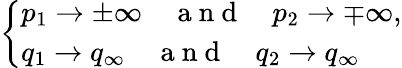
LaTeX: \left\{ \begin{array}{ll}{p_{1}\to\pm\infty\quad\mathrm{~a~n~d~}\quad p_{2}\to\mp\infty,}\\ {q_{1}\to q_{\infty}\quad\mathrm{~a~n~d~}\quad q_{2}\to q_{\infty}}\end{array}\right.